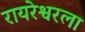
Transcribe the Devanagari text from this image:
रायरेश्वरला